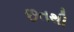
છતથી